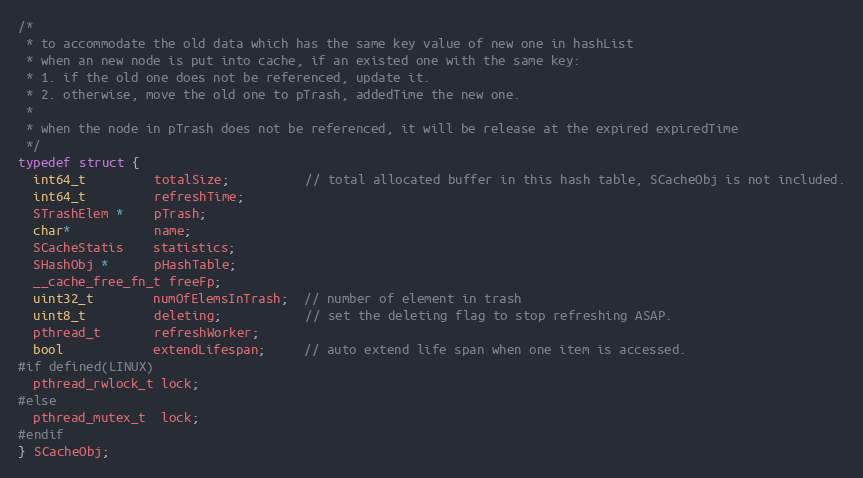
Language: C
/*
 * to accommodate the old data which has the same key value of new one in hashList
 * when an new node is put into cache, if an existed one with the same key:
 * 1. if the old one does not be referenced, update it.
 * 2. otherwise, move the old one to pTrash, addedTime the new one.
 *
 * when the node in pTrash does not be referenced, it will be release at the expired expiredTime
 */
typedef struct {
  int64_t         totalSize;          // total allocated buffer in this hash table, SCacheObj is not included.
  int64_t         refreshTime;
  STrashElem *    pTrash;
  char*           name;
  SCacheStatis    statistics;
  SHashObj *      pHashTable;
  __cache_free_fn_t freeFp;
  uint32_t        numOfElemsInTrash;  // number of element in trash
  uint8_t         deleting;           // set the deleting flag to stop refreshing ASAP.
  pthread_t       refreshWorker;
  bool            extendLifespan;     // auto extend life span when one item is accessed.
#if defined(LINUX)
  pthread_rwlock_t lock;
#else
  pthread_mutex_t  lock;
#endif
} SCacheObj;